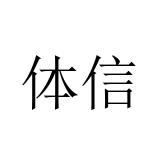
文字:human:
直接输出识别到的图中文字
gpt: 体信